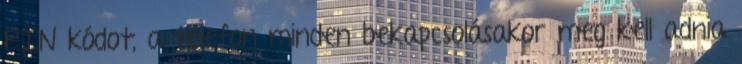
PIN kódot, a telefon minden bekapcsolásakor meg kell adnia